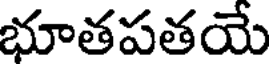
భూతపతయే